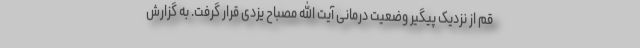
قم از نزدیک پیگیر وضعیت درمانی آیت الله مصباح یزدی قرار گرفت. به گزارش